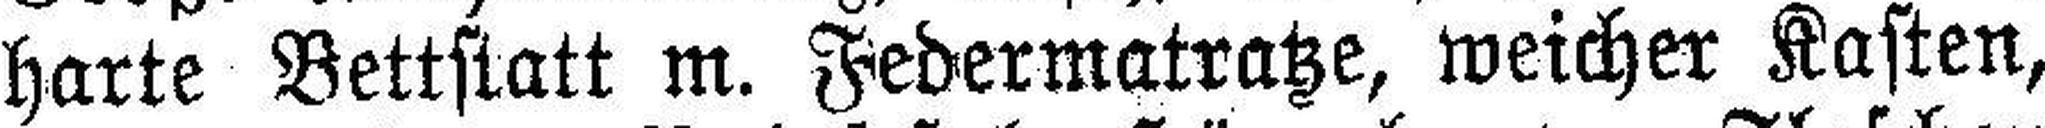
harte Bettstatt m. Federmatratze, weicher Kasten,